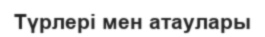
Түрлері мен атаулары